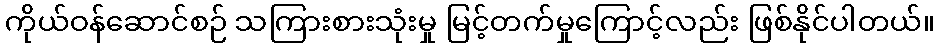
ကိုယ်ဝန်ဆောင်စဉ် သကြားစားသုံးမှု မြင့်တက်မှုကြောင့်လည်း ဖြစ်နိုင်ပါတယ်။